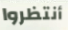
أنتظروا